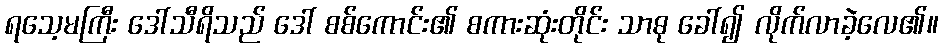
ရသေ့မကြီး ဒေါ်သီရိသည် ဒေါ် စစ်ကောင်း၏ စကားဆုံးတိုင်း သာဓု ခေါ်၍ လိုက်လာခဲ့လေ၏။